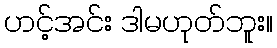
ဟင့်အင်း ဒါမဟုတ်ဘူး။